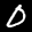
Label: 0